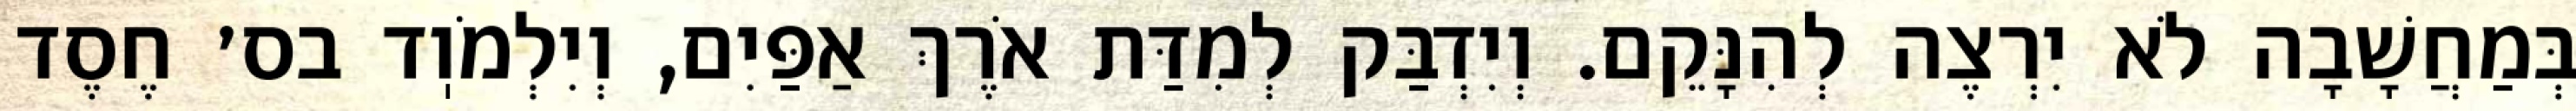
בְּמַחֲשָׁבָה לֹא יִרְצֶה לְהִנָּקֵם. וְיִדְבַּק לְמִדַּת אֹרֶךְ אַפַּיִם, וְיִלְמֹוֽד בס׳ חֶסֶד